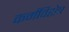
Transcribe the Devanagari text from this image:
कर्मविशेष